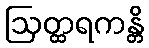
ဩတ္ထရကန္တိ